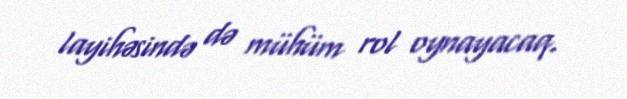
layihəsində də mühüm rol oynayacaq.